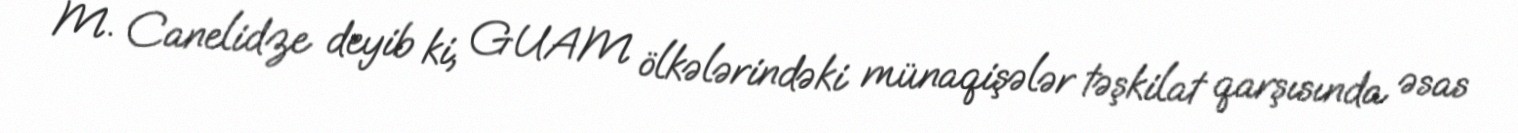
M. Canelidze deyib ki, GUAM ölkələrindəki münaqişələr təşkilat qarşısında əsas